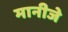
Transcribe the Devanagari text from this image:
मानीजे